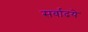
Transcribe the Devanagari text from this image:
सर्वादये